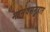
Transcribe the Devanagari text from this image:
मानवसमुहात